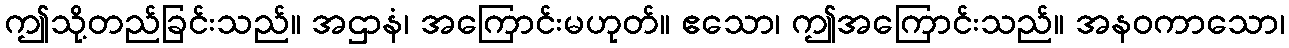
ဤသို့တည်ခြင်းသည်။ အဌာနံ၊ အကြောင်းမဟုတ်။ ဧသော၊ ဤအကြောင်းသည်။ အနဝကာသော၊